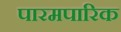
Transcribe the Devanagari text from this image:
पारमपारिक